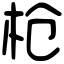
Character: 枪